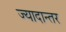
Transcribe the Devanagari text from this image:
ज्यादान्तर